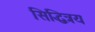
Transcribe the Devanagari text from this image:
सिद्धित्रय